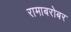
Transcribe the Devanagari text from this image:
रामाबरोबर